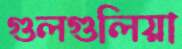
গুলগুলিয়া